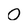
Character: 0